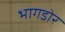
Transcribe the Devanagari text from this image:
भागडोर